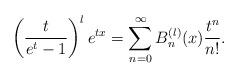
LaTeX: \begin{align*}\left( \frac{t}{e^t-1}\right)^l e^{tx} = \sum_{n=0}^\infty B_n^{(l)}(x) \frac{t^n}{n!}.\end{align*}